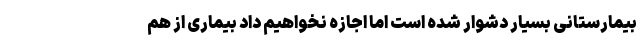
بیمارستانی بسیار دشوار شده است اما اجازه نخواهیم داد بیماری از هم